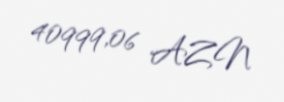
40999,06 AZN